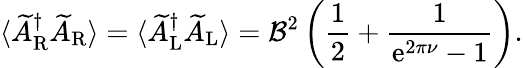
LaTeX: \langle\widetilde{A}_{\mathrm{R}}^{\dagger}\widetilde{A}_{\mathrm{R}}\rangle=\langle\widetilde{A}_{\mathrm{L}}^{\dagger}\widetilde{A}_{\mathrm{L}}\rangle={\cal B}^{2}\left(\frac{1}{2}+\frac{1}{\mathrm{e}^{2\pi\nu}-1}\right).